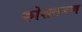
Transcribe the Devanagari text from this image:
कोशकरण